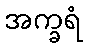
အက္ခရံ